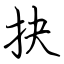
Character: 抉